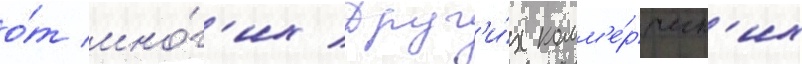
о́т мно́г'их друг'и́х комм'е́рческ'их